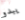
يبدو